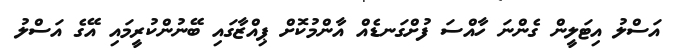
އަސްލު އިޓަލީން ގެންނަ ހާއްސަ ފުށްގަނޑެއް އާންމުކޮށް ޕިއްޒާގައި ބޭނުންކުރީމައި އޭގެ އަސްލު